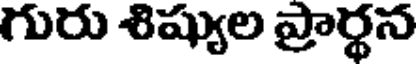
గురు శిష్యుల ప్రార్థన